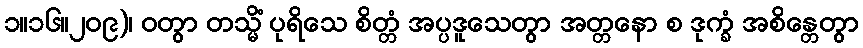
၁။၁၆။၂၀၉)၊ ဝတွာ တသ္မိံ ပုရိသေ စိတ္တံ အပ္ပဒူသေတွာ အတ္တနော စ ဒုက္ခံ အစိန္တေတွာ